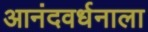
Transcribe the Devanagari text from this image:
आनंदवर्धनाला